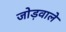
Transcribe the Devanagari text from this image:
जोड़वाले